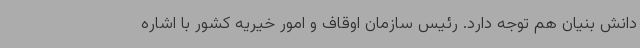
دانش بنیان هم توجه دارد. رئیس سازمان اوقاف و امور خیریه کشور با اشاره